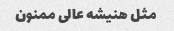
مثل هنیشه عالی ممنون